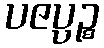
ပဇပ္ပဉ္စ